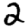
Digit: 2